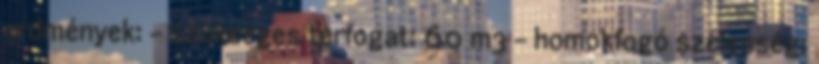
erdmények: - szükséges térfogat: 60 m3 - homokfogó szélesség: